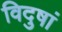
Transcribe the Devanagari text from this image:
विदुषां